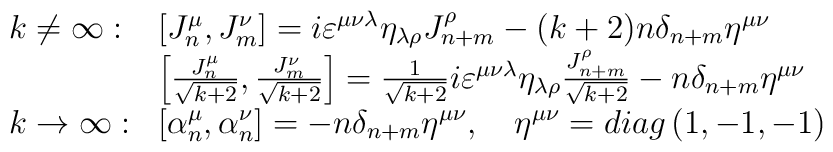
\begin{array}{ll}k\neq \infty : & \left[ J_n^\mu ,J_m^\nu \right] =i\varepsilon ^{\mu \nu\lambda }\eta _{\lambda \rho }J_{n+m}^\rho -(k+2)n\delta _{n+m}\eta ^{\mu\nu } \\ & \left[ \frac{J_n^\mu }{\sqrt{k+2}},\frac{J_m^\nu}{\sqrt{k+2}}\right]=\frac 1{\sqrt{k+2}}i\varepsilon ^{\mu \nu \lambda }\eta _{\lambda \rho} \frac{J_{n+m}^\rho }{\sqrt{k+2}}-n\delta _{n+m}\eta ^{\mu \nu } \\ k\rightarrow \infty : & \left[ \alpha _n^\mu ,\alpha _n^\nu \right]=-n\delta _{n+m}\eta ^{\mu \nu },\quad \eta ^{\mu \nu }=diag\left(1,-1,-1\right)\end{array}